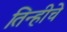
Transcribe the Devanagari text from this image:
तिन्हीचे